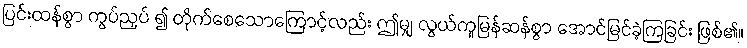
ပြင်းထန်စွာ ကွပ်ညှပ် ၍ တိုက်စေသောကြောင့်လည်း ဤမျှ လွယ်ကူမြန်ဆန်စွာ အောင်မြင်ခဲ့ကြခြင်း ဖြစ်၏။